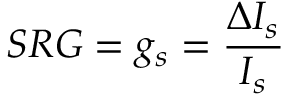
S R G = g _ { s } = \frac { \Delta I _ { s } } { I _ { s } }